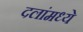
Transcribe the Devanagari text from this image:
दलांमध्ये